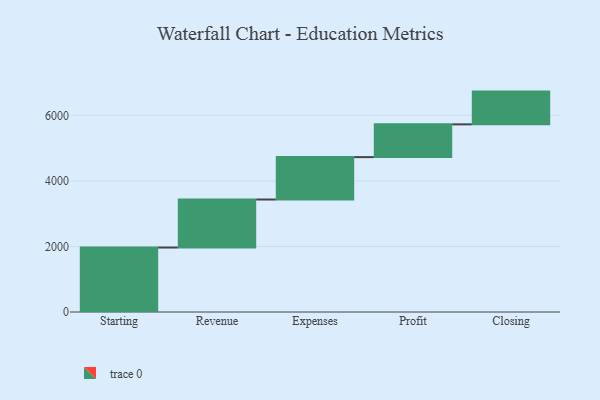
{"axis": {"x": "Step", "y": "Value"}, "legend": [""], "data": [{"x": "Starting", "y": 1968.0, "type": ""}, {"x": "Revenue", "y": 1466.0, "type": ""}, {"x": "Expenses", "y": 1294.0, "type": ""}, {"x": "Profit", "y": 1000, "type": ""}, {"x": "Closing", "y": 1000, "type": ""}]}